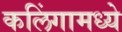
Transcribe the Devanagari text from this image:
कलिंगामध्ये